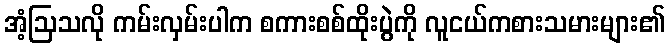
အံ့ဩသလို ကမ်းလှမ်းပါက စကားစစ်ထိုးပွဲကို လူငယ်ကစားသမားများ၏